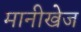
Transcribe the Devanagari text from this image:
मानीखेज